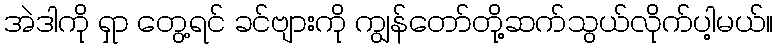
အဲဒါကို ရှာ တွေ့ရင် ခင်ဗျားကို ကျွန်တော်တို့ဆက်သွယ်လိုက်ပါ့မယ်။